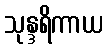
သုန္ဒရိကာယ